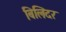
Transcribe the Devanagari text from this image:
बिलिंदर